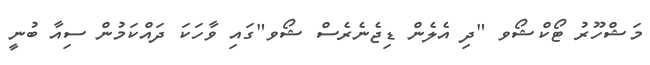
މަޝްހޫރު ޓޯކްޝޯވ "ދި އެލެން ޑިޖެނެރެސް ޝޯވ"ގައި ވާހަކަ ދައްކަމުން ސިއާ ބުނީ